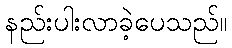
နည်းပါးလာခဲ့ပေသည်။